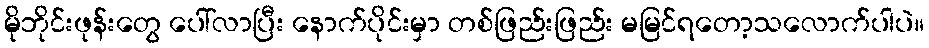
မိုဘိုင်းဖုန်းတွေ ပေါ်လာပြီး နောက်ပိုင်းမှာ တစ်ဖြည်းဖြည်း မမြင်ရတော့သလောက်ပါပဲ။